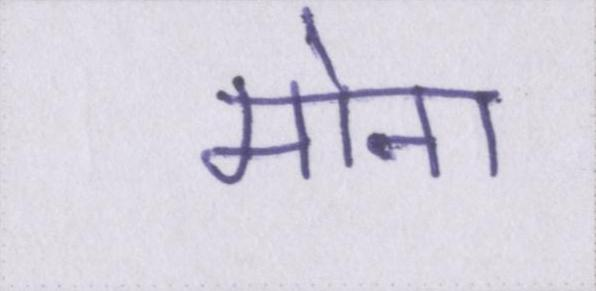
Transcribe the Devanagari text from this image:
मोना